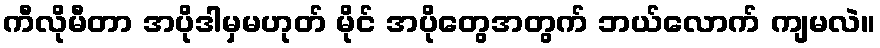
ကီလိုမီတာ အပိုဒါမှမဟုတ် မိုင် အပိုတွေအတွက် ဘယ်လောက် ကျမလဲ။